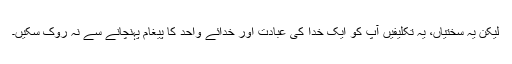
لیکن یہ سختیاں، یہ تکلیفیں آپؐ کو ایک خدا کی عبادت اور خدائے واحد کا پیغام پہنچانے سے نہ روک سکیں۔